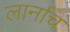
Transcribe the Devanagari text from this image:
लार्नाच